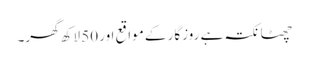
چھٹا نکتہ ہے روزگار کے مواقع اور 50 لاکھ گھر۔